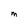
Character: M